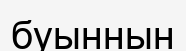
буыннын